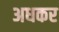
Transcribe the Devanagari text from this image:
अधकर